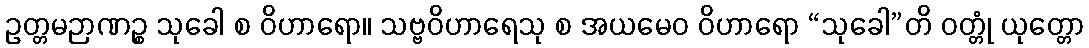
ဥတ္တမဉာဏဉ္စ သုခေါ စ ဝိဟာရော။ သဗ္ဗဝိဟာရေသု စ အယမေဝ ဝိဟာရော “သုခေါ”တိ ဝတ္တုံ ယုတ္တော